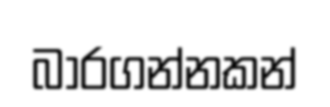
බාරගන්නකන්